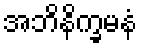
အဘိနိက္ခမနံ